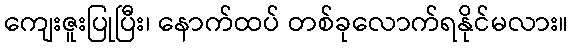
ကျေးဇူးပြုပြီး၊ နောက်ထပ် တစ်ခုလောက်ရနိုင်မလား။